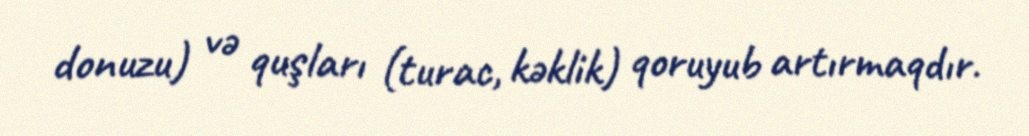
donuzu) və quşları (turac, kəklik) qoruyub artırmaqdır.